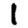
Digit: 1